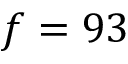
f = 9 3